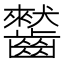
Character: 𪙤